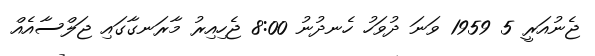
ޖެނުއަރީ 5 1959 ވަނަ ދުވަހު ހެނދުނު 8:00 ޖެހިއިރު މާރަނގާގައި ޖަލްސާއެއް